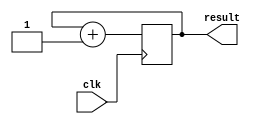
`timescale 1 ps / 1 ps

module timer(
	input	wire		clk,
	output	reg			result
	);
	
	initial result = 0;
	
	always @ (posedge clk) result <= result + 1;
	
endmodule